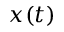
x ( t )